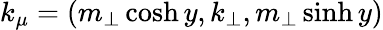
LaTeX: k_{\mu}=(m_{\perp}\cosh y,k_{\perp},m_{\perp}\sinh y)